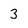
Character: 3